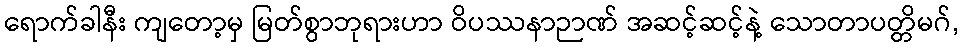
ရောက်ခါနီး ကျတော့မှ မြတ်စွာဘုရားဟာ ဝိပဿနာဉာဏ် အဆင့်ဆင့်နဲ့ သောတာပတ္တိမဂ်,